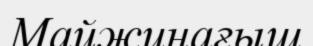
Майжинағыш